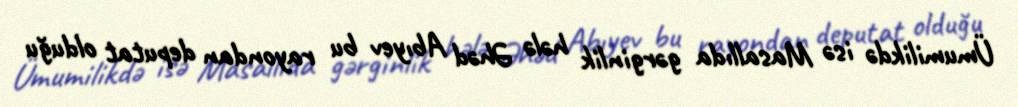
Ümumilikdə isə Masallıda gərginlik hələ Əhəd Abıyev bu rayondan deputat olduğu